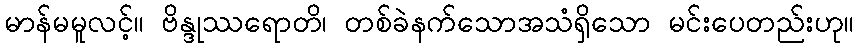
မာန်မမူလင့်။ ဗိန္ဒုဿရောတိ၊ တစ်ခဲနက်သောအသံရှိသော မင်းပေတည်းဟု။